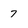
Character: 7